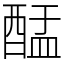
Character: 䣿